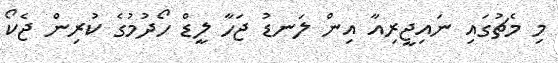
މި މެޗުގައި ނައިޖީރިއާ އިން ލަނޑު ޖަހާ ލީޑް ހޯދުމުގެ ކުރިން ޖެކޯ